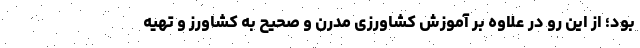
بود؛ از این رو در علاوه بر آموزش کشاورزی مدرن و صحیح به کشاورز و تهیه